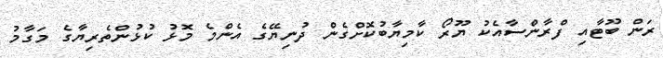
ރަން ބޫޓާއި ފްރާންސާއެކު ޔޫރޯ ކާމިޔާބުކޮށްގެން ދުނިޔޭގެ އެންމެ މޮޅު ކުޅުންތެރިޔާގެ މަގާމު